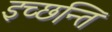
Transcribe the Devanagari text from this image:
इच्छन्ति